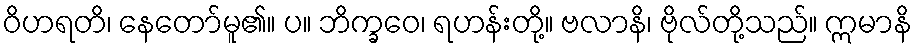
ဝိဟရတိ၊ နေတော်မူ၏။ ပ။ ဘိက္ခဝေ၊ ရဟန်းတို့။ ဗလာနိ၊ ဗိုလ်တို့သည်။ ဣမာနိ